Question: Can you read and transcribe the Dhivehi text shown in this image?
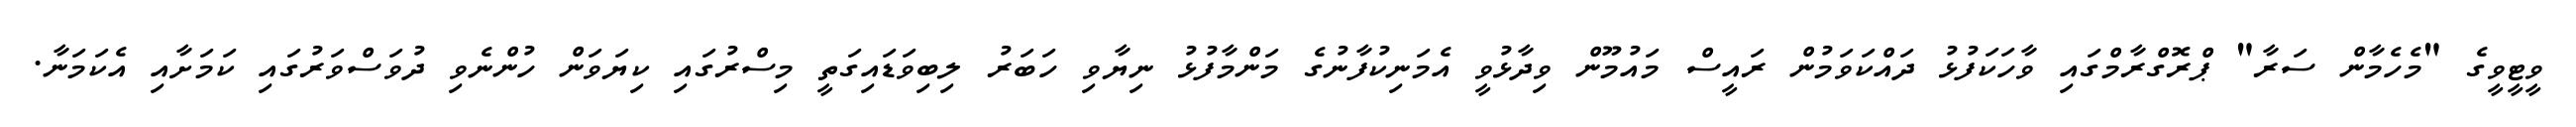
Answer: ވީޓީވީގެ "މެހެމާން ސަރާ" ޕްރޮގްރާމްގައި ވާހަކަފުޅު ދައްކަވަމުން ރައީސް މައުމޫން ވިދާޅުވީ އެމަނިކުފާނުގެ މަންމާފުޅު ނިޔާވި ހަބަރު ލިބިވަޑައިގަތީ މިސްރުގައި ކިޔަވަން ހުންނެވި ދުވަސްވަރުގައި ކަމަށާއި އެކަމަނާ.